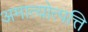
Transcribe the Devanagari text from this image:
अमात्योत्पत्ति